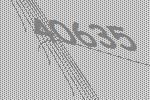
40635